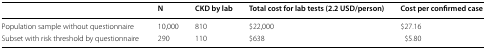
<table><thead><tr><td></td><td><b>N</b></td><td><b>CKD by lab</b></td><td><b>Total cost for lab tests (2.2 USD/person)</b></td><td><b>Cost per confirmed case</b></td></tr></thead><tbody><tr><td>Population sample without questionnaire</td><td>10,000</td><td>810</td><td>$22,000</td><td>$27.16</td></tr><tr><td>Subset with risk threshold by questionnaire</td><td>290</td><td>110</td><td>$638</td><td>$5.80</td></tr></tbody></table>